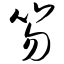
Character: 笏